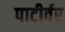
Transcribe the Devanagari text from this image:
पाटीर्वर